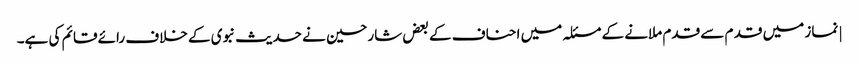
| نماز میں قد م سے قدم ملانے کے مسئلہ میں احناف کے بعض شارحین نے حدیث نبوی کے خلاف رائے قائم کی ہے۔